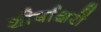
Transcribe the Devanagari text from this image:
शीर्षाक्षरों